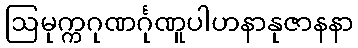
ဩမုက္ကဂုဏင်္ဂုဏူပါဟနာနုဇာနနာ